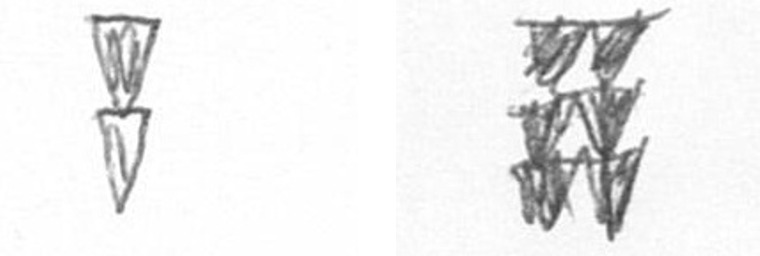
Z Y